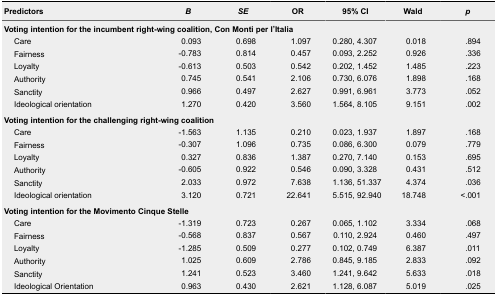
<table><thead><tr><td><b>Predictors</b></td><td><b><i>B</i></b></td><td><b><i>SE</i></b></td><td><b>OR</b></td><td><b>95% CI</b></td><td><b>Wald</b></td><td><b><i>p</i></b></td></tr></thead><tbody><tr><td colspan="7"><b>Voting intention for the incumbent right-wing coalition, Con Monti per l’Italia</b></td></tr><tr><td>Care</td><td>0.093</td><td>0.698</td><td>1.097</td><td>0.280, 4.307</td><td>0.018</td><td>.894</td></tr><tr><td>Fairness</td><td>-0.783</td><td>0.814</td><td>0.457</td><td>0.093, 2.252</td><td>0.926</td><td>.336</td></tr><tr><td>Loyalty</td><td>-0.613</td><td>0.503</td><td>0.542</td><td>0.202, 1.452</td><td>1.485</td><td>.223</td></tr><tr><td>Authority</td><td>0.745</td><td>0.541</td><td>2.106</td><td>0.730, 6.076</td><td>1.898</td><td>.168</td></tr><tr><td>Sanctity</td><td>0.966</td><td>0.497</td><td>2.627</td><td>0.991, 6.961</td><td>3.773</td><td>.052</td></tr><tr><td>Ideological orientation</td><td>1.270</td><td>0.420</td><td>3.560</td><td>1.564, 8.105</td><td>9.151</td><td>.002</td></tr><tr><td colspan="7"><b>Voting intention for the challenging right-wing coalition</b></td></tr><tr><td>Care</td><td>-1.563</td><td>1.135</td><td>0.210</td><td>0.023, 1.937</td><td>1.897</td><td>.168</td></tr><tr><td>Fairness</td><td>-0.307</td><td>1.096</td><td>0.735</td><td>0.086, 6.300</td><td>0.079</td><td>.779</td></tr><tr><td>Loyalty</td><td>0.327</td><td>0.836</td><td>1.387</td><td>0.270, 7.140</td><td>0.153</td><td>.695</td></tr><tr><td>Authority</td><td>-0.605</td><td>0.922</td><td>0.546</td><td>0.090, 3.328</td><td>0.431</td><td>.512</td></tr><tr><td>Sanctity</td><td>2.033</td><td>0.972</td><td>7.638</td><td>1.136, 51.337</td><td>4.374</td><td>.036</td></tr><tr><td>Ideological orientation</td><td>3.120</td><td>0.721</td><td>22.641</td><td>5.515, 92.940</td><td>18.748</td><td>&lt; .001</td></tr><tr><td colspan="7"><b>Voting intention for the Movimento Cinque Stelle</b></td></tr><tr><td>Care</td><td>-1.319</td><td>0.723</td><td>0.267</td><td>0.065, 1.102</td><td>3.334</td><td>.068</td></tr><tr><td>Fairness</td><td>-0.568</td><td>0.837</td><td>0.567</td><td>0.110, 2.924</td><td>0.460</td><td>.497</td></tr><tr><td>Loyalty</td><td>-1.285</td><td>0.509</td><td>0.277</td><td>0.102, 0.749</td><td>6.387</td><td>.011</td></tr><tr><td>Authority</td><td>1.025</td><td>0.609</td><td>2.786</td><td>0.845, 9.185</td><td>2.833</td><td>.092</td></tr><tr><td>Sanctity</td><td>1.241</td><td>0.523</td><td>3.460</td><td>1.241, 9.642</td><td>5.633</td><td>.018</td></tr><tr><td>Ideological Orientation</td><td>0.963</td><td>0.430</td><td>2.621</td><td>1.128, 6.087</td><td>5.019</td><td>.025</td></tr></tbody></table>